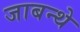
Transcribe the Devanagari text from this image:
जाबन्थे